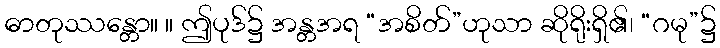
ဓာတုဿန္တော။ ။ ဤပုဒ်၌ အန္တအရ “အစိတ်”ဟုသာ ဆိုရိုးရှိ၏၊ “ဂမု”၌